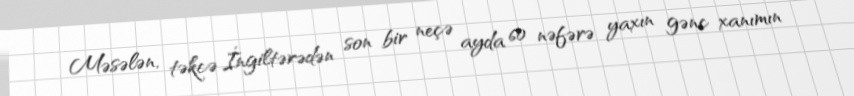
Məsələn, təkcə İngiltərədən son bir neçə ayda 60 nəfərə yaxın gənc xanımın